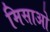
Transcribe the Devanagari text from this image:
मिसाओ